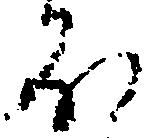
ほ